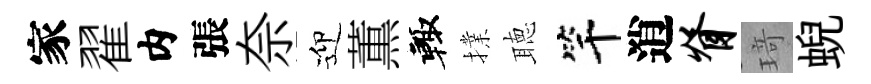
家翟内張奈迎薫輙擈聴竿逍脊𤦺蜺